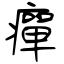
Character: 癉